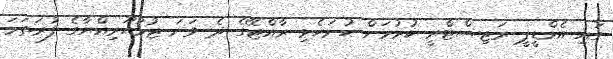
ގައި އެމްޑީޕީ ރަޖިސްޓްރީ ކުރުމަށް ހުށަހެޅި ރާއްޖޭގެ ދެ ވަނަ ޖުމުހޫރިއްޔާގެ ފުރަތަމަ